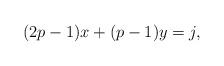
LaTeX: \begin{align*}(2p-1)x + (p-1)y = j,\end{align*}